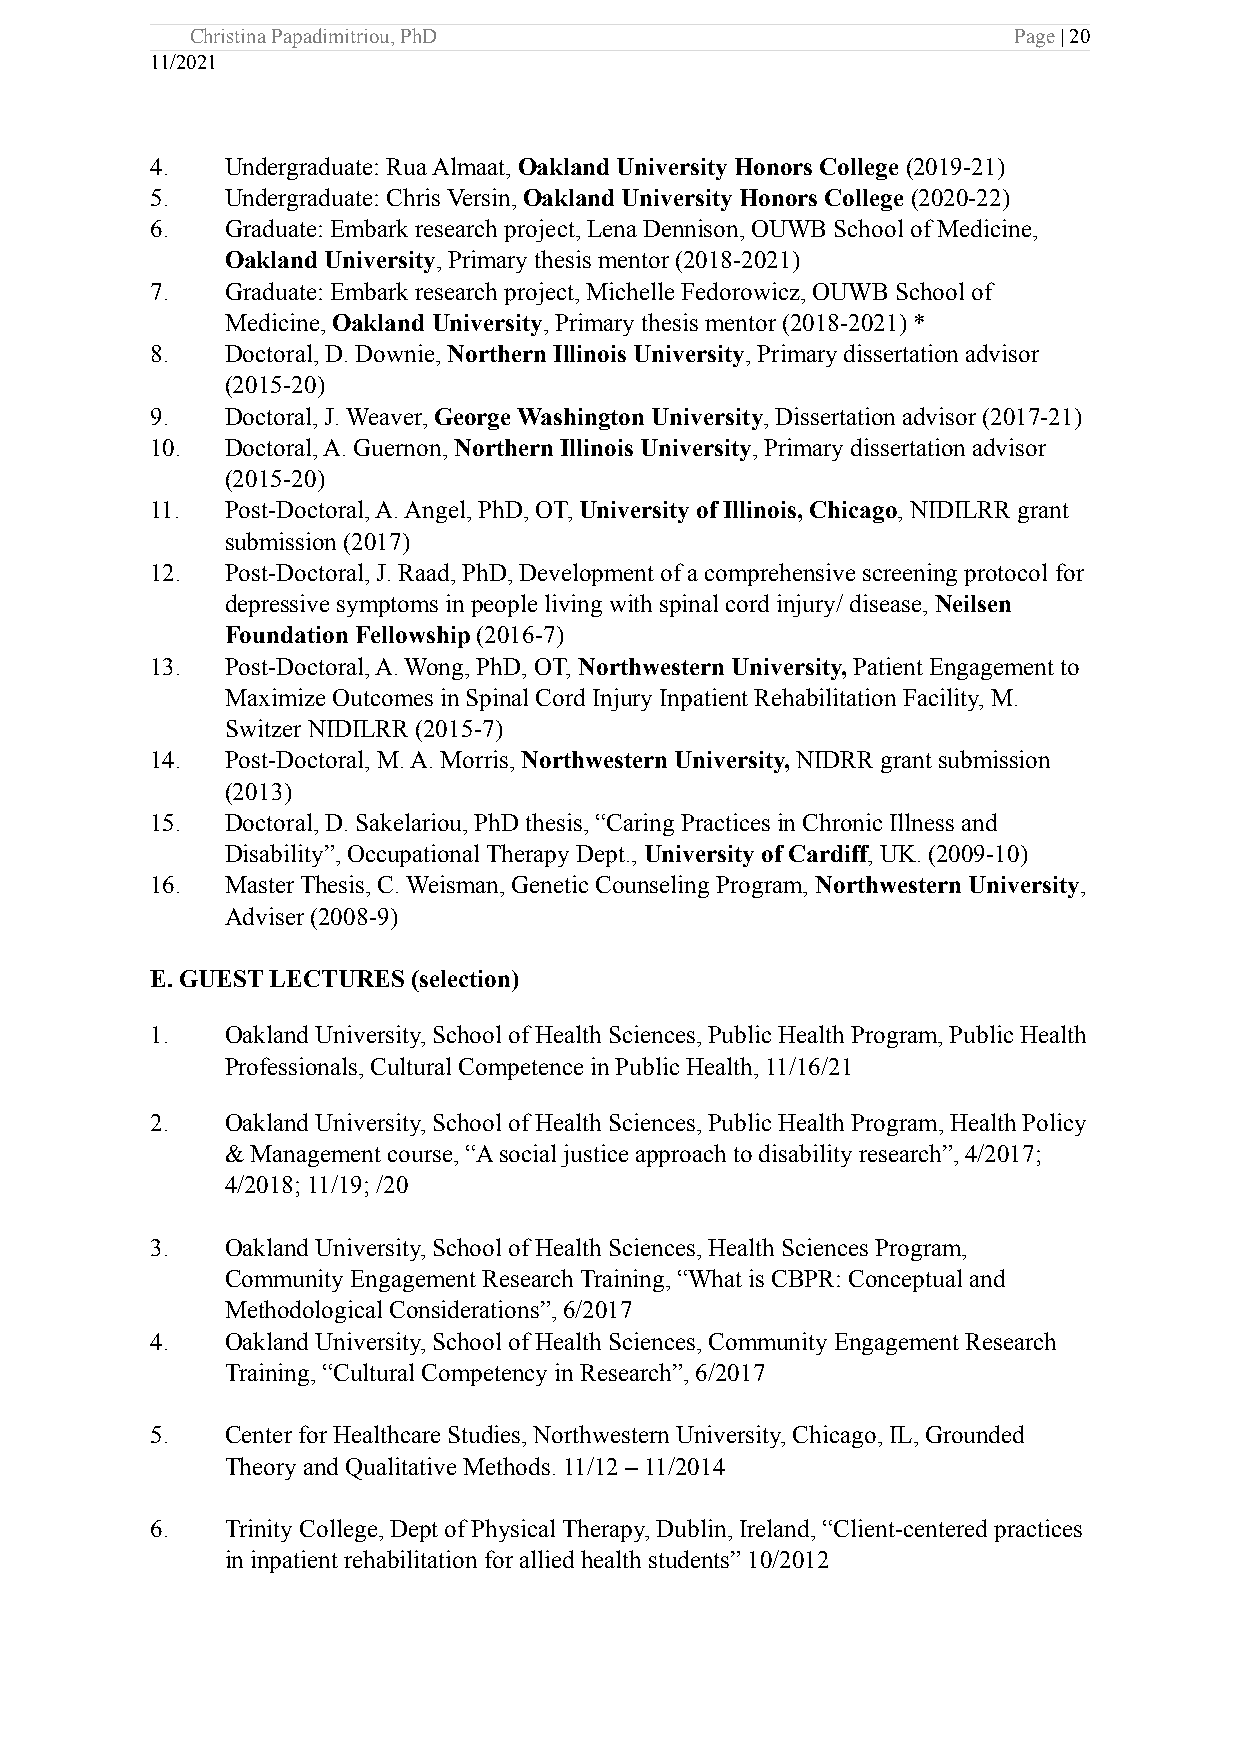
Christina Papadimitriou, PhD                          Page | 20
 11/2021
 4.   Undergraduate: Rua Almaat, Oakland University Honors College (2019-21)
 5.   Undergraduate: Chris Versin, Oakland University Honors College (2020-22)
 6.   Graduate: Embark research project, Lena Dennison, OUWB School of Medicine,
 Oakland University, Primary thesis mentor (2018-2021)
 7.   Graduate: Embark research project, Michelle Fedorowicz, OUWB School of
 Medicine, Oakland University, Primary thesis mentor (2018-2021) *
 8.   Doctoral, D. Downie, Northern Illinois University, Primary dissertation advisor
 (2015-20)
 9.   Doctoral, J. Weaver, George Washington University, Dissertation advisor (2017-21)
 10.  Doctoral, A. Guernon, Northern Illinois University, Primary dissertation advisor
 (2015-20)
 11.  Post-Doctoral, A. Angel, PhD, OT, University of Illinois, Chicago, NIDILRR grant
 submission (2017)
 12.  Post-Doctoral, J. Raad, PhD, Development of a comprehensive screening protocol for
 depressive symptoms in people living with spinal cord injury/ disease, Neilsen
 Foundation Fellowship (2016-7)
 13.  Post-Doctoral, A. Wong, PhD, OT, Northwestern University, Patient Engagement to
 Maximize Outcomes in Spinal Cord Injury Inpatient Rehabilitation Facility, M.
 Switzer NIDILRR (2015-7)
 14.  Post-Doctoral, M. A. Morris, Northwestern University, NIDRR grant submission
 (2013)
 15.  Doctoral, D. Sakelariou, PhD thesis, “Caring Practices in Chronic Illness and
 Disability”, Occupational Therapy Dept., University of Cardiff, UK. (2009-10)
 16.  Master Thesis, C. Weisman, Genetic Counseling Program, Northwestern University,
 Adviser (2008-9)
 E. GUEST LECTURES (selection)
 1.   Oakland University, School of Health Sciences, Public Health Program, Public Health
 Professionals, Cultural Competence in Public Health, 11/16/21
 2.   Oakland University, School of Health Sciences, Public Health Program, Health Policy
 & Management course, “A social justice approach to disability research”, 4/2017;
 4/2018; 11/19; /20
 3.   Oakland University, School of Health Sciences, Health Sciences Program,
 Community Engagement Research Training, “What is CBPR: Conceptual and
 Methodological Considerations”, 6/2017
 4.   Oakland University, School of Health Sciences, Community Engagement Research
 Training, “Cultural Competency in Research”, 6/2017
 5.   Center for Healthcare Studies, Northwestern University, Chicago, IL, Grounded
 Theory and Qualitative Methods. 11/12 – 11/2014
 6.   Trinity College, Dept of Physical Therapy, Dublin, Ireland, “Client-centered practices
 in inpatient rehabilitation for allied health students” 10/2012